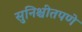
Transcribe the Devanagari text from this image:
सुनिश्चीतपणे